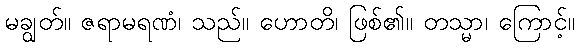
မချွတ်။ ဇရာမရဏံ၊ သည်။ ဟောတိ၊ ဖြစ်၏။ တသ္မာ၊ ကြောင့်။